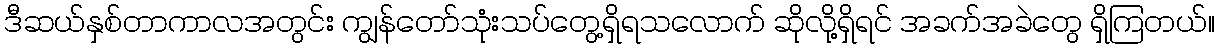
ဒီဆယ်နှစ်တာကာလအတွင်း ကျွန်တော်သုံးသပ်တွေ့ရှိရသလောက် ဆိုလို့ရှိရင် အခက်အခဲတွေ ရှိကြတယ်။